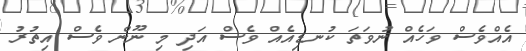
އެއްވެސް ވަހެއް ނުވަތަ ކުނޑިއެއް ވެސް އަދި މި ނޫން ވެސް އިތުރު